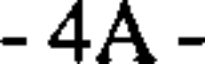
- 4A -